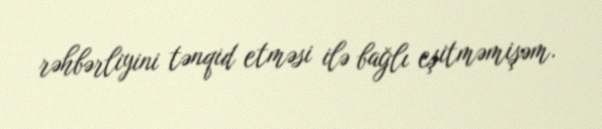
rəhbərliyini tənqid etməsi ilə bağlı eşitməmişəm.